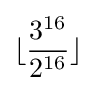
\lfloor {\frac {3^{16}}{2^{16}}}\rfloor